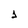
Character: 1